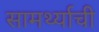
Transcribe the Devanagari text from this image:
सामर्थ्याची